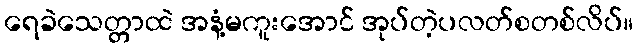
ရေခဲသေတ္တာထဲ အနံ့မကူးအောင် အုပ်တဲ့ပလတ်စတစ်လိပ်။